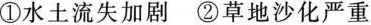
①水土流失加剧②草地沙化严重